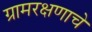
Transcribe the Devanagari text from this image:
ग्रामरक्षणाचे